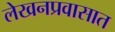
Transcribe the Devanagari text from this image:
लेखनप्रवासात